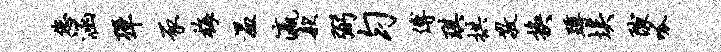
您涵弹豕梅温瀛款弼匀傅琪拱敬换蹲埃隙呱